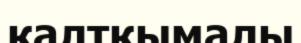
қалтқымалы